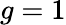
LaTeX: g=1